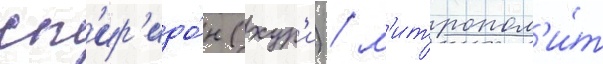
сп'ир'идо́н (хур'и) / м'итропол'и́т